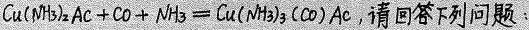
##$$C u ( N H _ { 3 } ) _ { 2 } A c + C O + N H _ { 3 } = C u ( N H _ { 3 } ) _ { 2 } ( C O ) A c$$请回答下列问题：##